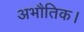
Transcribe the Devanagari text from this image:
अभौतिक।